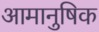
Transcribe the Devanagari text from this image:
आमानुषिक